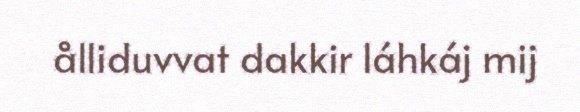
ålliduvvat dakkir láhkáj mij